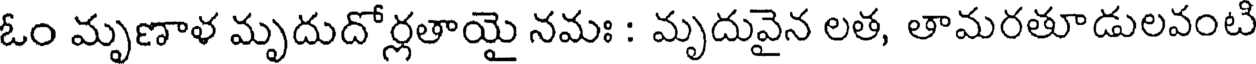
ఓం మృణాళ మృదుదోర్లతాయై నమః : మృదువైన లత, తామరతూడులవంటి